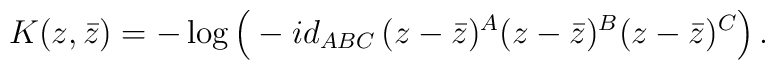
K(z,\bar z)=-\log \Big(- id_{ABC}\,(z-\bar z)^A(z-\bar z)^B(z-\bar z)^C \Big)  \, .